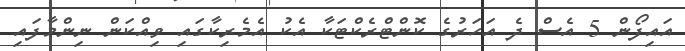
އައިފޯން 5 އެސް ދެ އަހަރުގެ ކޮންޓްރެކްޓަކާ އެކު އެމެރިކާގައި ވިއްކަން ނިންމާފައި